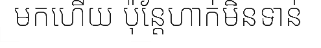
មកហើយ ប៉ុន្តែហាក់មិនទាន់